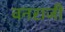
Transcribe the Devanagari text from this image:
वनराजी